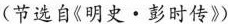
(节选自《明史 ·彭时传》)